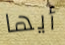
أيها